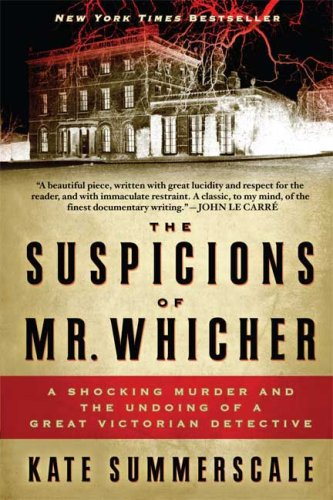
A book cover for The Suspicions of Mr. Whicher: A Shocking Murder and the Undoing of a Great Victorian Detective; Kate Summerscale; Mystery, Thriller & Suspense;